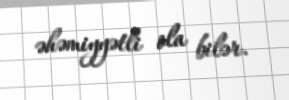
əhəmiyyətli ola bilər.